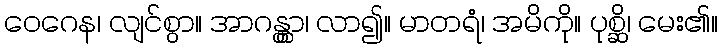
ဝေဂေန၊ လျင်စွာ။ အာဂန္တွာ၊ လာ၍။ မာတရံ၊ အမိကို။ ပုစ္ဆိ၊ မေး၏။